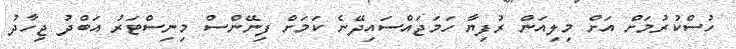
ހުސްކުރުމަށް އަށް މިލިއަން ރުފިޔާ ހަމަޖައްސައިދޭނެ ކަމަށް ފިނޭންސް މިނިސްޓަރު އަބްދު ޖިހާދު